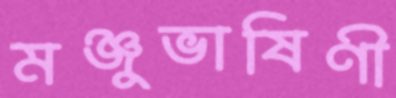
মঞ্জুভাষিণী